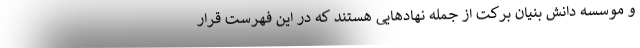
و موسسه دانش بنیان برکت از جمله نهادهایی هستند که در این فهرست قرار